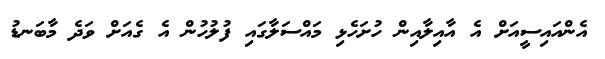
އެންއައިސީއަށް އެ އާއިލާއިން ހުށަހެޅި މައްސަލާގައި ފުލުހުން އެ ގެއަށް ވަދެ މާބަނޑު